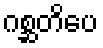
ဂစ္ဆတိပေ